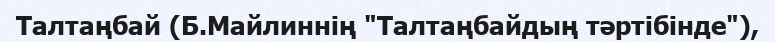
Талтаңбай (Б.Майлиннің "Талтаңбайдың тәртібінде"),